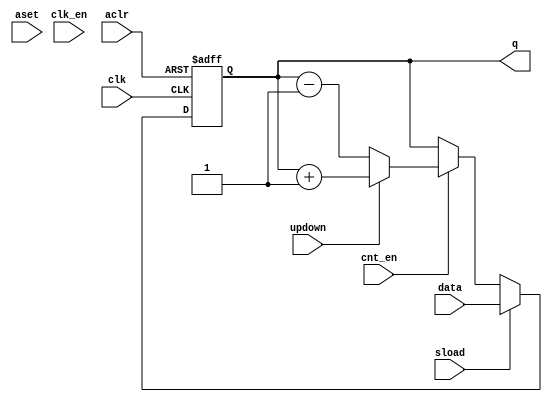
module lpm_counter #(parameter WIDTH = 32)
(
	data, 
  clk,
  clk_en,
  cnt_en,
	aclr, 
  aset,
  sload,
	updown,
  q
);

  input [WIDTH-1 :0] data;
  input aclr, aset, clk, clk_en;
  input sload, updown, cnt_en;
  output [WIDTH-1 :0] q;
  
	reg [WIDTH-1 :0] count;
  reg clk_en_r;
  
  wire clk_int;
  
  assign clk_int = clk & clk_en_r;
  
  always @ (negedge clk or posedge aclr)
	begin
		if (aclr) 
		begin
       clk_en_r <= 1;
		end
		else 
		begin
			 if (clk_en == 1'b0)
          clk_en_r <= 0;
       else
          clk_en_r <= 1; 
		end
	end

	always @ (posedge clk or posedge aclr)
	begin
		if (aclr) 
		begin
			count <= 0;
		end
		else 
		begin
			if (sload == 1)
         count <= data;
      else if (cnt_en == 1)
          if (updown == 1)
            count <= count + 1;
          else
            count <= count - 1; 
      else
         count <= count;
		end
	end
  
  assign q = count;
	
endmodule